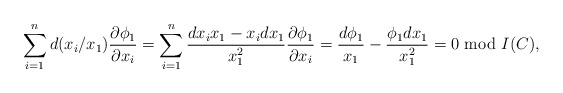
\begin{align*}&\sum_{i=1}^{n} d(x_i/x_1) \frac{\partial \phi_1}{\partial x_i}=\sum_{i=1}^{n}\frac{dx_ix_1-x_idx_1}{x^2_1}\frac{\partial \phi_1}{\partial x_i} =\frac{d\phi_1}{x_1}-\frac{\phi_1 dx_1 }{x_1^2}=0 \ \textrm{mod} \ I(C),\end{align*}